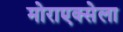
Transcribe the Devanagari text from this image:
मोराएक्सेला